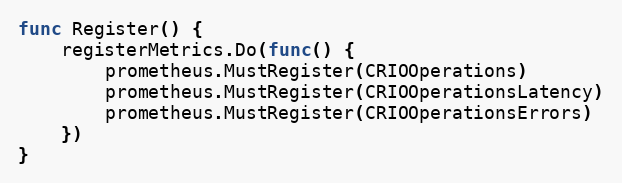
Language: Go
func Register() {
	registerMetrics.Do(func() {
		prometheus.MustRegister(CRIOOperations)
		prometheus.MustRegister(CRIOOperationsLatency)
		prometheus.MustRegister(CRIOOperationsErrors)
	})
}